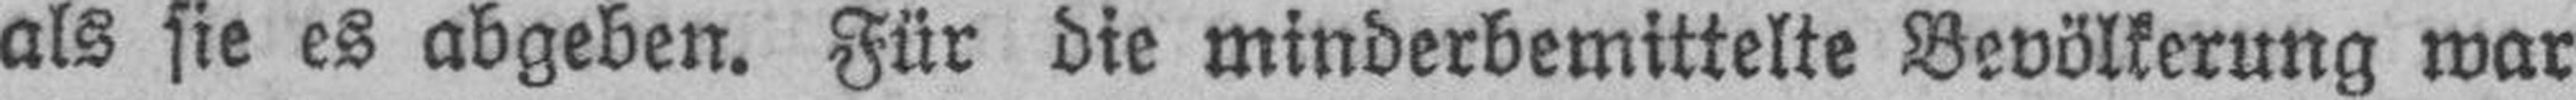
als sie es abgeben. Für die minderbemittelte Bevölkerung war